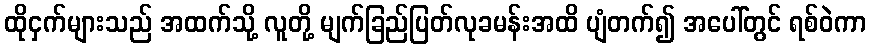
ထိုငှက်များသည် အထက်သို့ လူတို့ မျက်ခြည်ပြတ်လုခမန်းအထိ ပျံတက်၍ အပေါ်တွင် ရစ်ဝဲကာ